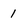
Character: 1